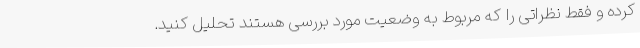
کرده و فقط نظراتی را که مربوط به وضعیت مورد بررسی هستند تحلیل کنید.